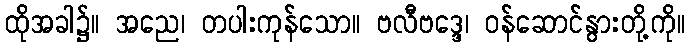
ထိုအခါ၌။ အညေ၊ တပါးကုန်သော။ ဗလီဗဒ္ဒေ၊ ဝန်ဆောင်နွားတို့ကို။